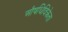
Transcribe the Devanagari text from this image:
औषधिविक्रेता